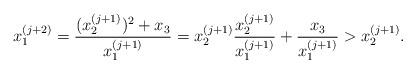
LaTeX: \begin{align*}x_1^{(j+2)}=\frac{ (x_2^{(j+1)})^2 +x_3}{x_1^{(j+1)}}=x_2^{(j+1)} \frac{x_2^{(j+1)}}{x_1^{(j+1)}}+\frac{x_3}{x_1^{(j+1)}}>x_2^{(j+1)}.\end{align*}